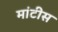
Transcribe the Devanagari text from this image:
मांटीस